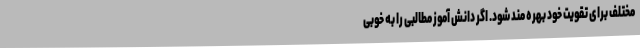
مختلف برای تقویت خود بهره مند شود. اگر دانش آموز مطالبی را به خوبی